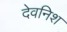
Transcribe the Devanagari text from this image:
देवनिश